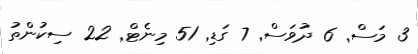
3 މަސް